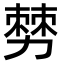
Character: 𠢠